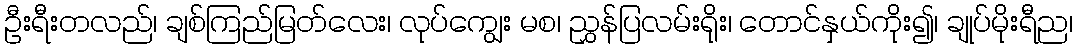
ဦးရီးတလည်၊ ချစ်ကြည်မြတ်လေး၊ လုပ်ကျွေး မစ၊ ညွှန်ပြလမ်းရိုး၊ တောင်နှယ်ကိုး၍၊ ချုပ်မိုးရီည၊